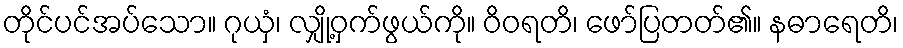
တိုင်ပင်အပ်သော။ ဂုယှံ၊ လျှို့ဝှက်ဖွယ်ကို။ ဝိဝရတိ၊ ဖော်ပြတတ်၏။ နဓာရေတိ၊